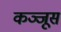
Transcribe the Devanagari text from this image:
कञ्जूस